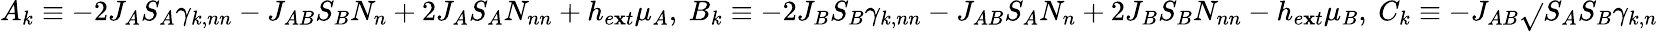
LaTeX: A_{k}\equiv-2J_{A}S_{A}{\gamma}_{k,nn}-J_{AB}S_{B}N_{n}+2J_{A}S_{A}N_{nn}+h_{e\mathbf{x}t}{\mu}_{A},\ B_{k}\equiv-2J_{B}S_{B}{\gamma}_{k,nn}-J_{AB}S_{A}N_{n}+2J_{B}S_{B}N_{nn}-h_{e\mathbf{x}t}{\mu}_{B},\ C_{k}\equiv-J_{AB}\sqrt{}{{S_{A}S_{B}}}{\gamma}_{k,n}